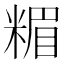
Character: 𥻡